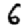
Digit: 6